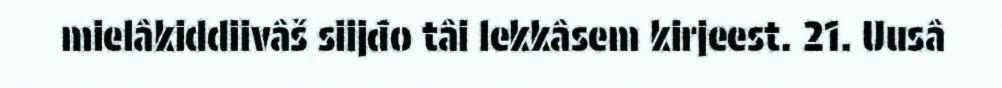
mielâkiddiivâš siijđo tâi lekkâsem kirjeest. 21. Uusâ